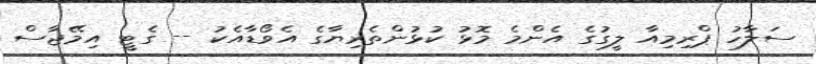
ސަލާހު ޕްރިމިއާ ލީގުގެ އެންމެ މޮޅު ކުޅުންތެރިޔާގެ އެވޯޑާއެކު -- ގެޓީ އިމޭޖާސް